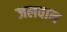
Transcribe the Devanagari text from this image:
जलवान